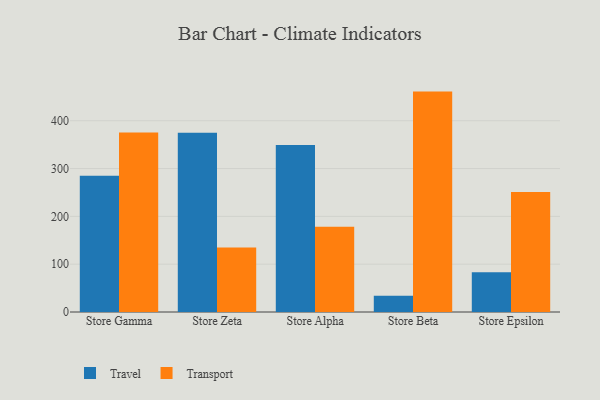
{"axis": {"x": "Store", "y": "Tickets Resolved"}, "legend": ["Transport", "Travel"], "data": [{"x": "Store Gamma", "y": 285.0, "type": "Travel"}, {"x": "Store Gamma", "y": 375.3, "type": "Transport"}, {"x": "Store Zeta", "y": 374.9, "type": "Travel"}, {"x": "Store Zeta", "y": 135.0, "type": "Transport"}, {"x": "Store Alpha", "y": 349.4, "type": "Travel"}, {"x": "Store Alpha", "y": 178.1, "type": "Transport"}, {"x": "Store Beta", "y": 34.0, "type": "Travel"}, {"x": "Store Beta", "y": 461.0, "type": "Transport"}, {"x": "Store Epsilon", "y": 83.4, "type": "Travel"}, {"x": "Store Epsilon", "y": 250.8, "type": "Transport"}]}